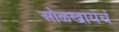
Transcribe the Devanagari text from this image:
ओळखायचं